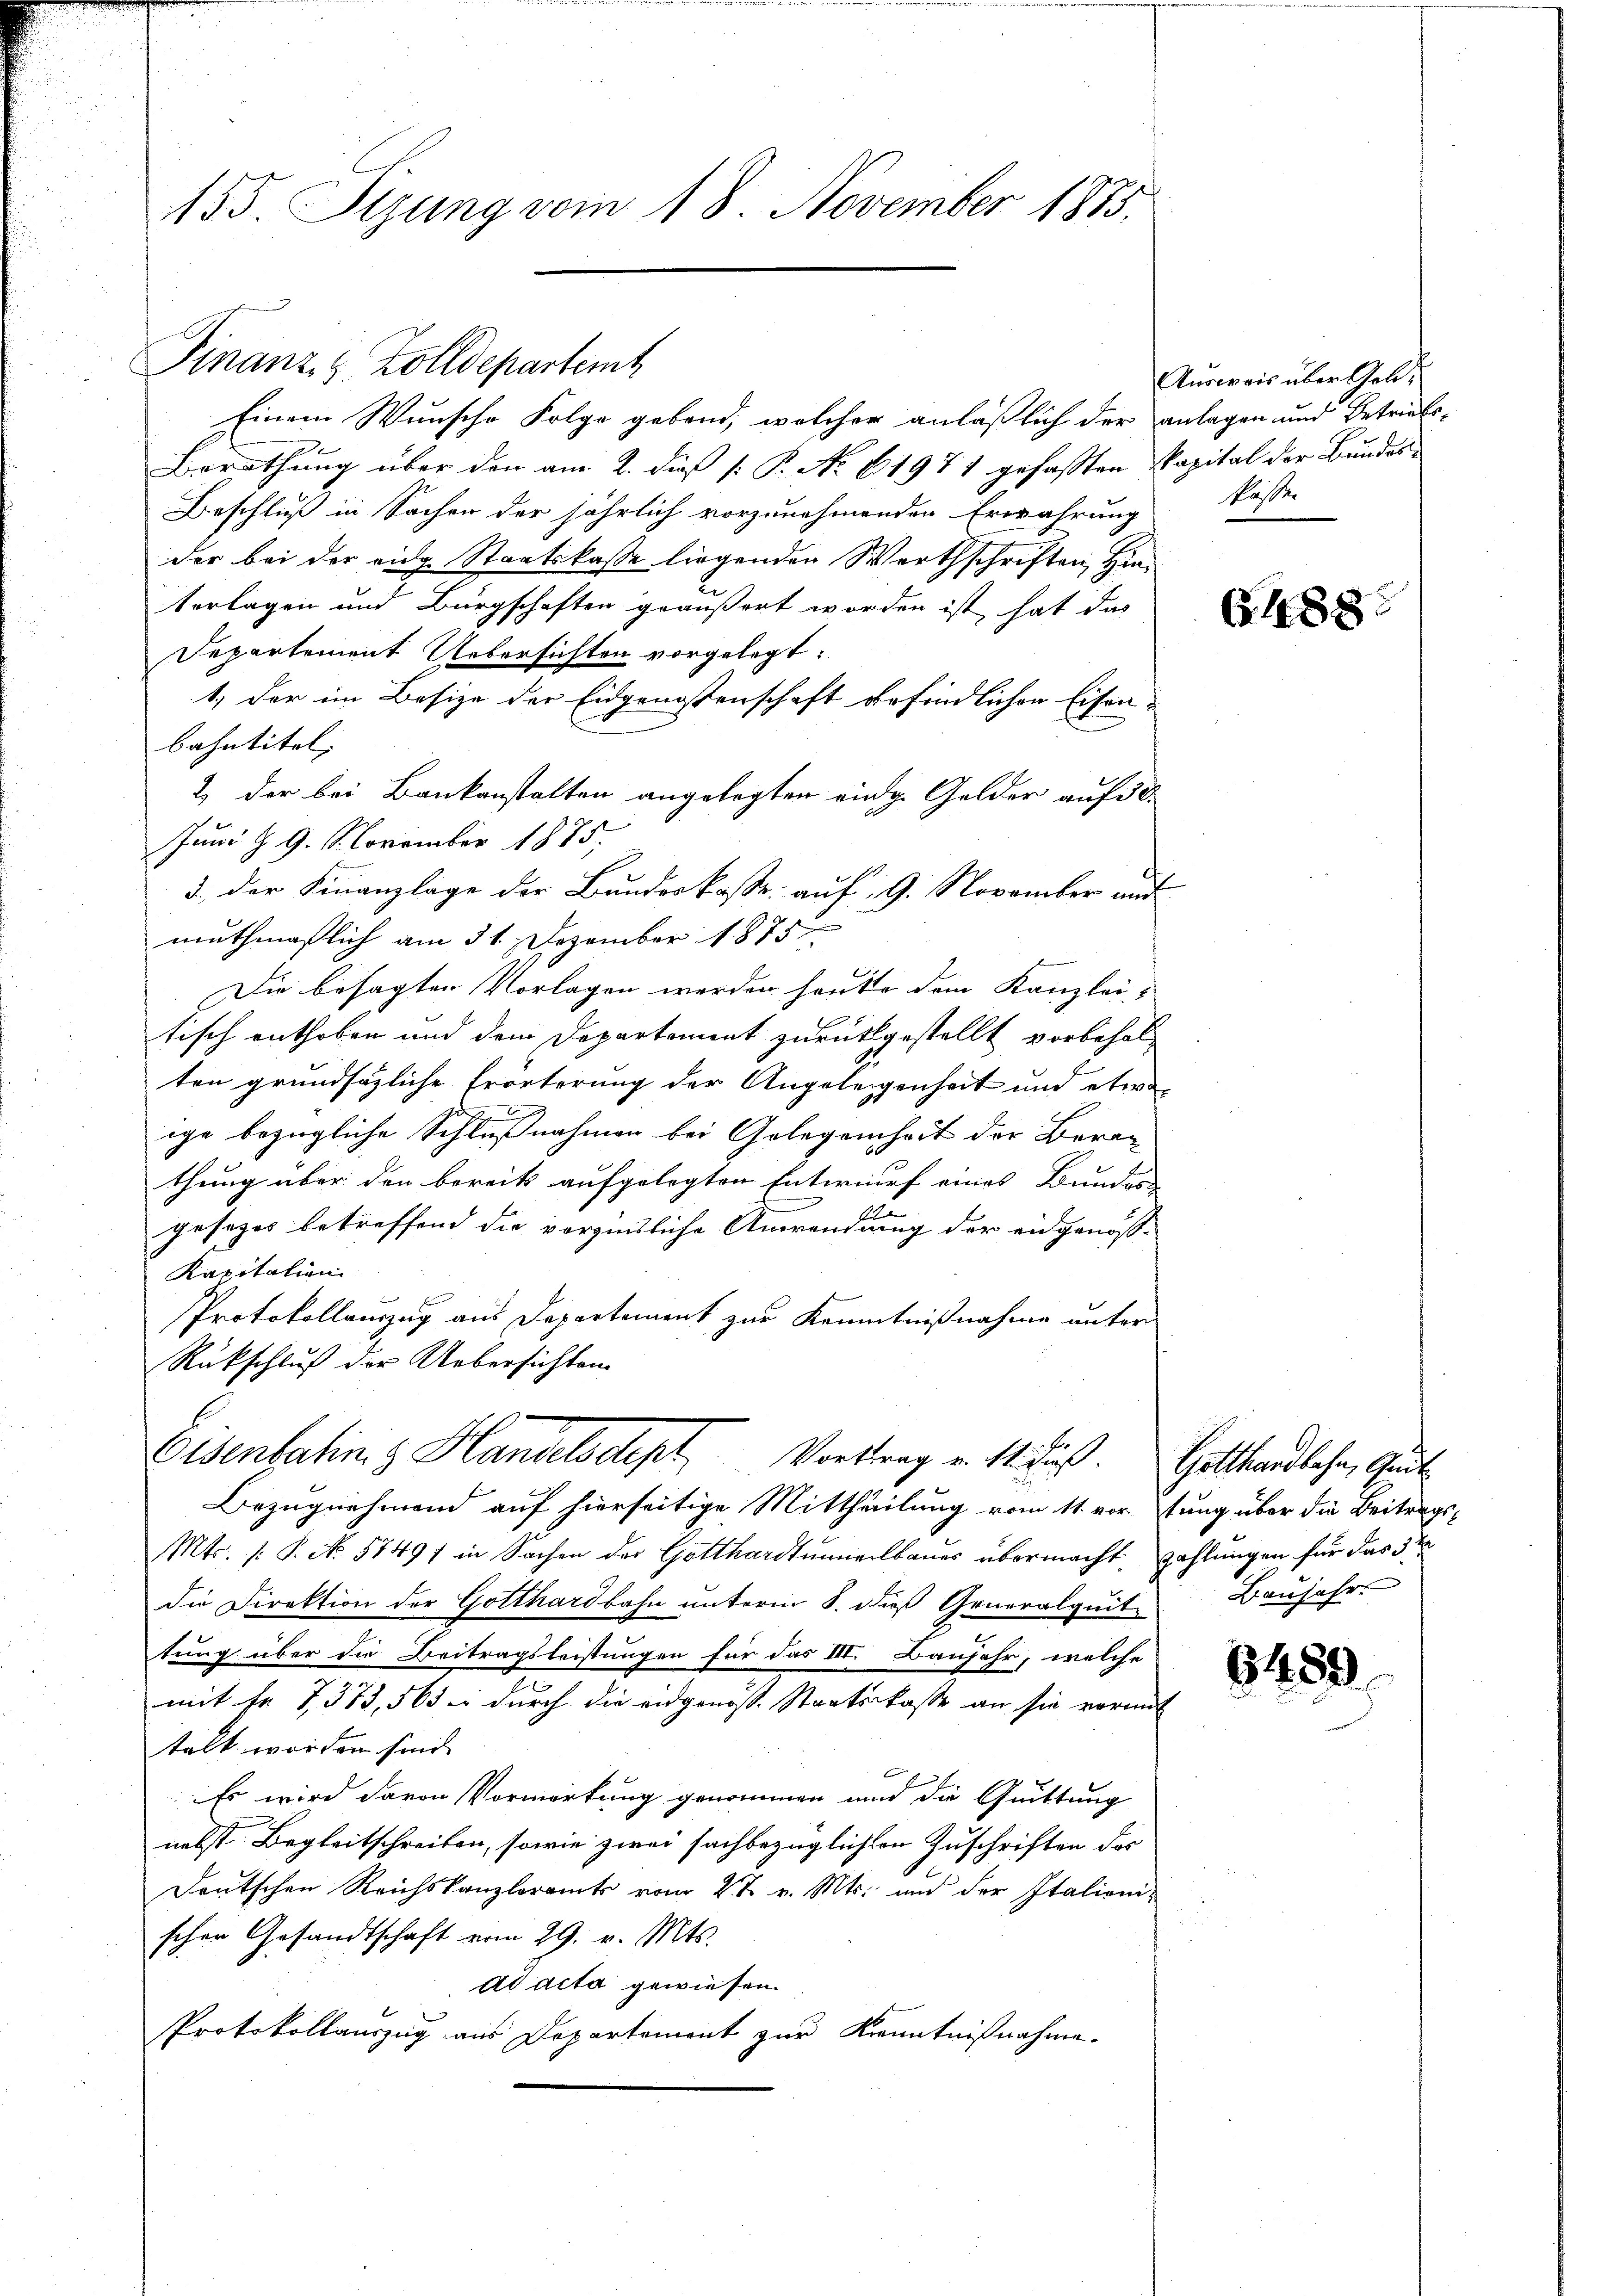
155. Sizung vom 18. November 1883.

Einem Wunsche Folge gebond, welcher anläßlich der anlagen und Betriebs-
Berathung über den am 2. dieß [: P. No 61971 gefassten Kapital der Bundes¬
Beschluß in Sachen der jährlich vorzunehmenden Erwährung
der bei der eidg. Staatskasse liegenden Werthschriften, Hinterlagen und Bürgschaften geäussert worden ist, hat das
Departement Uebersichten vorgelegt.
1.) der im Besize der Eidgenossenschaft erfindlichen Eisen-
bahntitel.
2) der bei Bankonstalten angelegten einge Gelder auf de
Juni d. G. N. November 1875.
3., der Finanzlage der Bundeskasse auf 9. November auf
muthmaßlich am 31. Dezember 1875
Die besagten Vorlagen werden heute dem Kanzlei- |
tisch enthoben und dem Departement zurückgestellt vorbehal-
ten grundsätzliche Erörterung der Angelegenheit und etwas
ige bezügliche Schlußnahmen bei Gelegenheit der Berathung über den bereits aufgelegten Entwurf eines Bunden
s
gesezes betreffend die vorzinsliche Anwendung der eidgenöss-
Kapitation
Protokollanzug aus Departement zur Kenntnißnahme unter
Rückschluß der Uebersichten
Eisenbatin 3 Handelsdept, Vortrag v. 1. Fuß. Gotthandlehen Gut
Bezugnehmend auf hierseitige Mittheilung vom 11. vor stung über die Beitrags-
Mts. (: P. No. 5749) in Sachen der Gotthardtunnerlbauer übermacht zahlungen für das 3ten
die Direktion der Gotthardbahn unterm 8. dieß Generalquit
tung über die Beitragsleistungen für das III. Baufahr, welche
mit Fr. 1373, 565 ei durch die eidgenöss. Staatskasse an sie vormit
telt worden sind.
Es wird davon Vormerkung genommen und die Quittung
nebst Begleitschreiben, sowie zwei sachbezüglichten Zuschriften des
Deutschen Reichskanzleramts vom 2 t v. Mts. und der Italionischen Gesandtschaft vom 29. v. Mts.
ad acta gewiesen.
Protokollauszug aus Departement zur Kenntnißnahme.

Finanz- & Zolldepartemt

Ausweis über Geld¬
Pässer

G.488

Baujahr.

8489